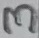
Text: 3